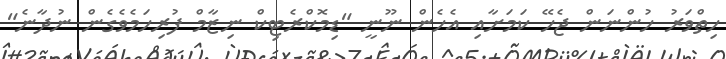
ހިތްވަރު ހުންނަން ޖެހޭ ކަމަށާއި އެހެން ނޫނީ "ޑިމޮކްރެޓިކް ނިޒާމް ފުރިހަމެވެގެން ނުދާނެ"